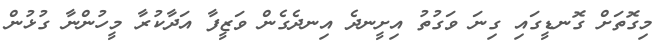
މިގޮތަށް ގޮނޑީގައި ގިނަ ވަގުތު އިށީނދެ އިނދެގެން ވަޒީފާ އަދާކުރާ މީހުންނާ ގުޅުން